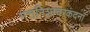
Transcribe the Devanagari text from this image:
मत्तनिशाचरकंदना